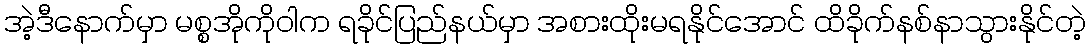
အဲ့ဒီနောက်မှာ မစ္စအိုကိုဝါက ရခိုင်ပြည်နယ်မှာ အစားထိုးမရနိုင်အောင် ထိခိုက်နစ်နာသွားနိုင်တဲ့